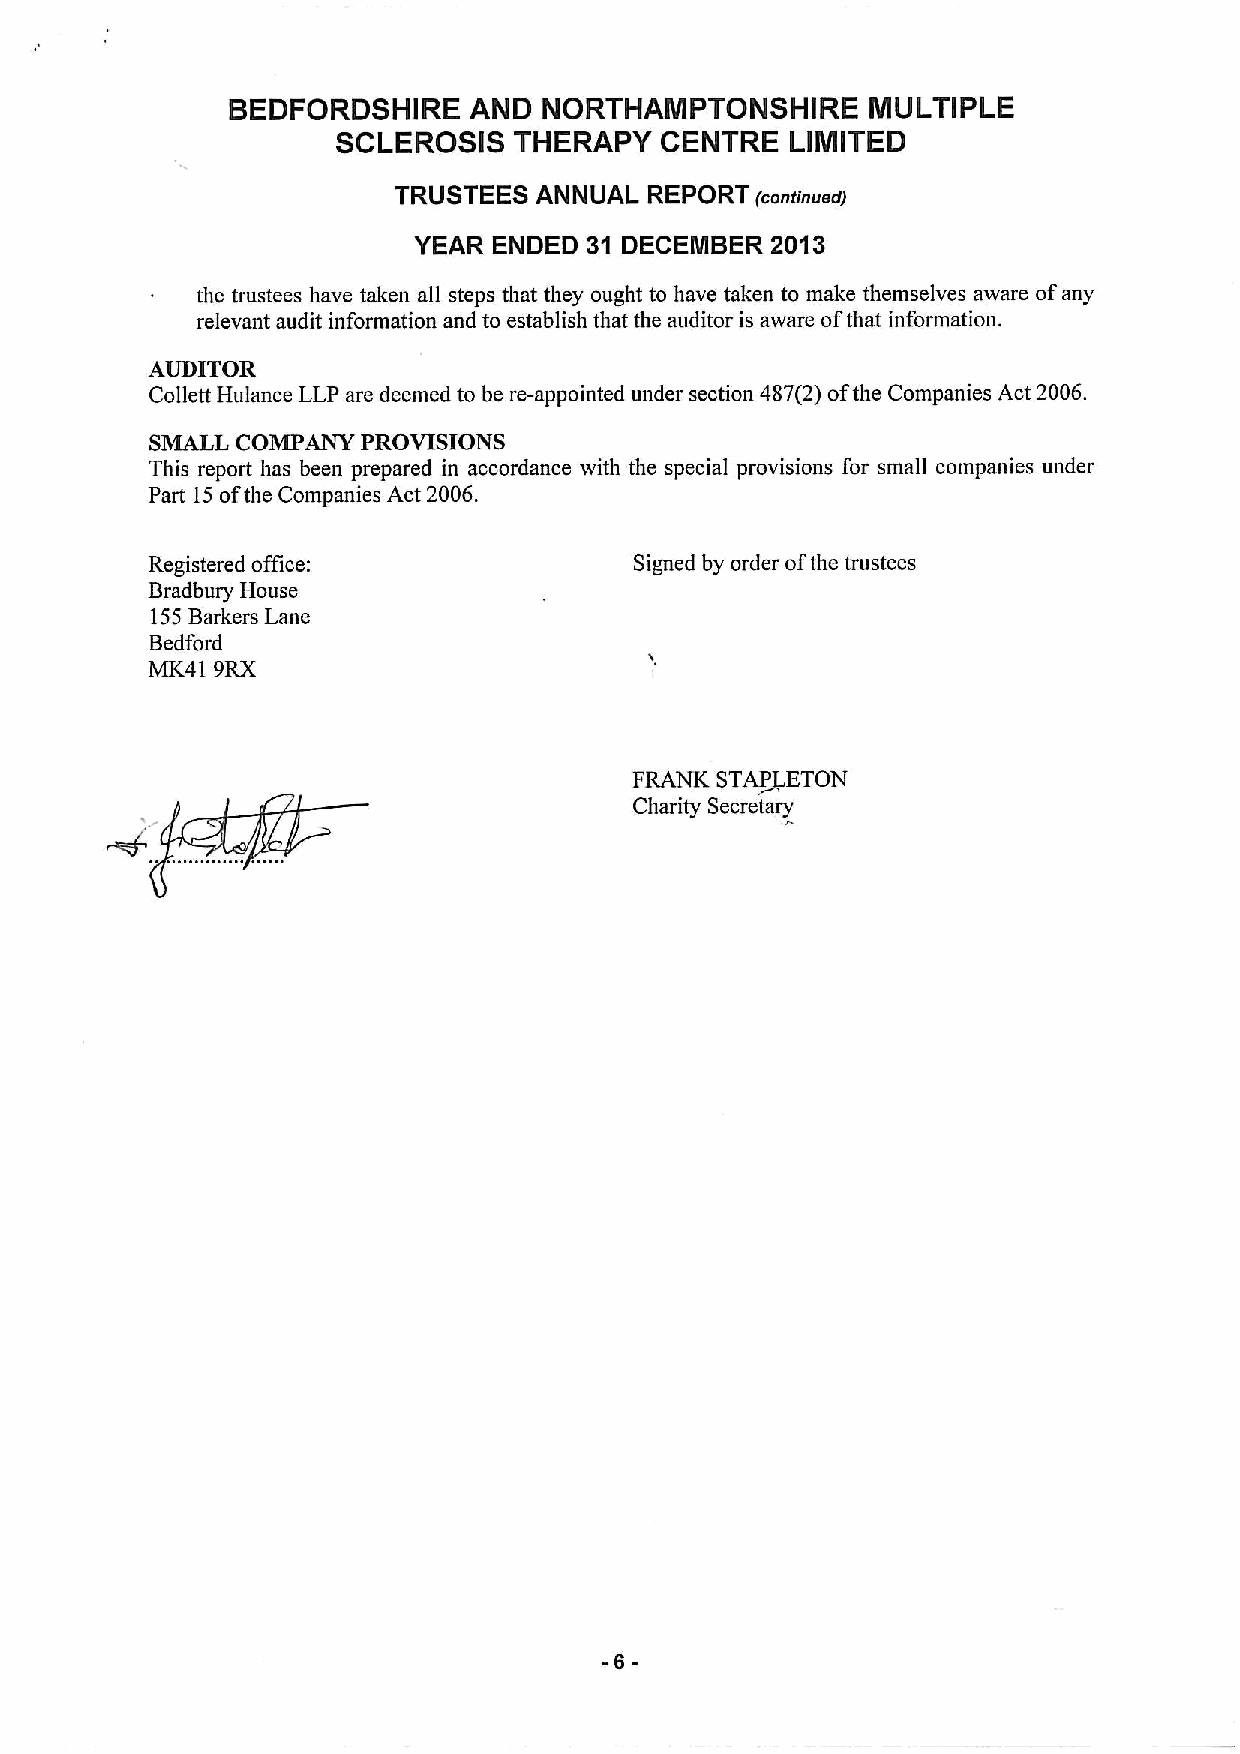
BEDFORDSHIRE    AND  NORTHAMPTONSHIRE      MULTIPLE
 SCLEROSIS   THERAPY   CENTRE  LIMITED
 TRUSTEES ANNUAL  REPORT (contInued)
 YEAR  ENDED 31 DECEMBER 2013
 the trustees have taken all steps that they ought to have taken to make themselves aware ofany
 relevant audit information and to establish that the auditor is aware ofthat information.
 AUDITOR
 Collett Hulance LLP are deemed to be re-appointed under section 487(2) ofthe Companies Act 2006.
 SMALL COMPANY PROVISIONS
 This report has been prepared in accordance with the special provisions for small companies under
 Part 15ofthe Companies Act 2006.
 Registered office:              Signed by order ofthe trustees
 Bradbury House
 155Barkers Lane
 Bedford
 MK41 9RX
 FRANK STA~PETON
 Charity Secretary
 -6